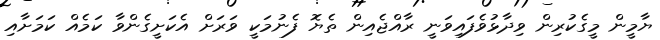
ޔާމީން މީގެކުރިން ވިދާޅުވެފައިވަނީ ރާއްޖެއިން ތެޔޮ ފެނުމަކީ ވަރަށް އެކަށީގެންވާ ކަމެއް ކަމަށާއި